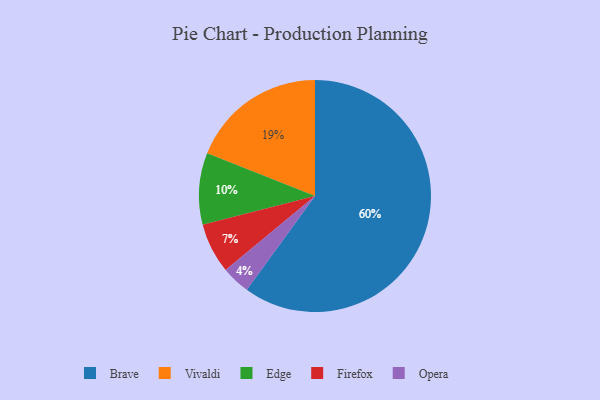
{"axis": {"x": "Category", "y": "Percentage"}, "legend": ["Brave", "Edge", "Firefox", "Opera", "Vivaldi"], "data": [{"x": "Edge", "y": 10, "type": "Edge"}, {"x": "Vivaldi", "y": 19, "type": "Vivaldi"}, {"x": "Brave", "y": 60, "type": "Brave"}, {"x": "Opera", "y": 4, "type": "Opera"}, {"x": "Firefox", "y": 7, "type": "Firefox"}]}